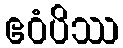
ဧဝံပိဿ